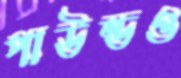
পাউন্ডও